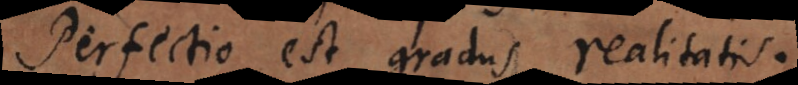
Perfectio est gradus realitatis.